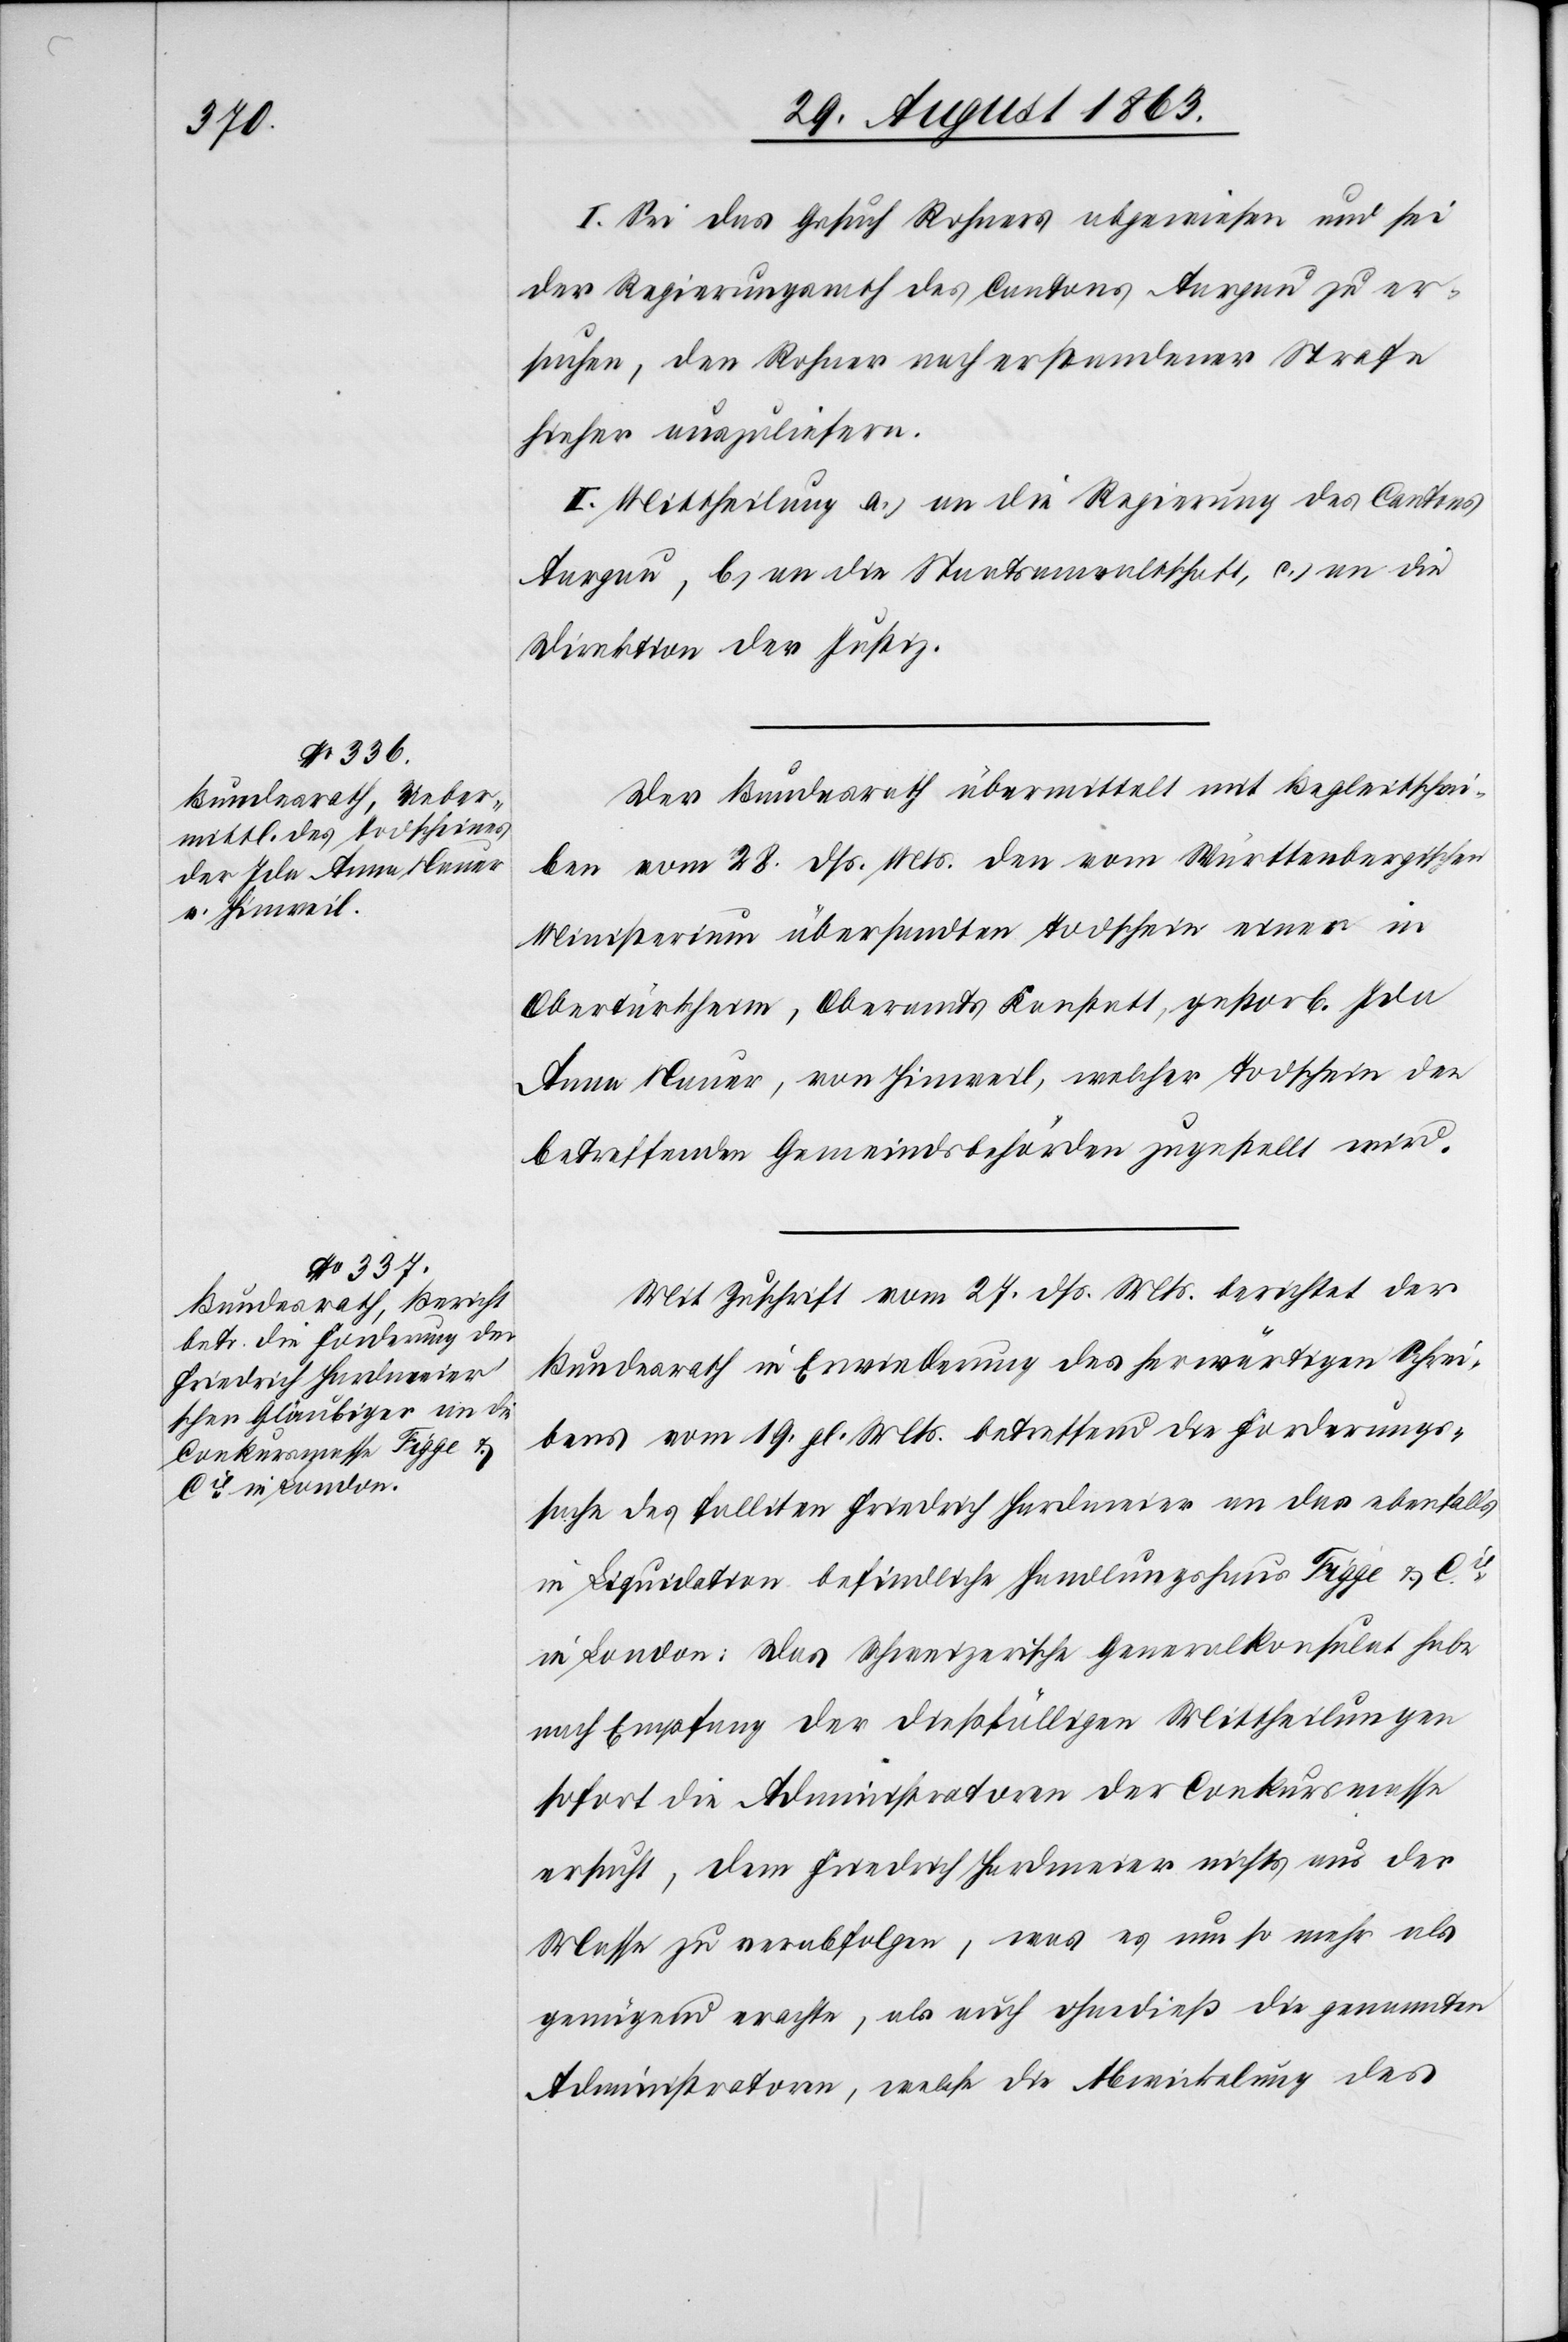
I. Sei das Gesuch Rohners abgewiesen und sei
der Regierungsrath des Cantons Aargau zu er¬
suchen, den Rohner nach erstandener Strafe
hieher auszuliefern.
II. Mittheilung a.) an die Regierung des Cantons
Aargau, b.) an die Staatsanwaltschaft, c.) an die
Direktion der Justiz.
Der Bundesrath übermittelt mit Begleitschrei¬
ben vom 28. dß. Mts. den vom Württenbergischen
Ministerium übersandten Todschein einer in
Obertürkheim, Oberamts Konstatt, gestorb. Ida
Anna Mauer, von Hinweil, welcher Todschein den
betreffenden Gemeindsbehörden zugestellt wird.
Mit Zuschrift vom 27. dß. Mts. berichtet der
Bundesrath in Erwiederung des herwärtigen Schrei¬
bens vom 19. gl. Mts. betreffend die Forderungs¬
sache des falliten Friedrich Hardmeier an das ebenfalls
in Liquidation befindliche Handlungshaus Figge & Cie
in London: Das Schweizerische Generalkonsulat habe
nach Empfang der dießfälligen Mittheilungen
sofort die Administratoren der Conkursmasse
ersucht, dem Friedrich Hardmeier nichts aus der
Masse zu verabfolgen, was es um so mehr als
genügend erachte, als auch ohnedieß die genannten
Administratoren, welche die Abwickelung des